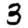
Digit: 3